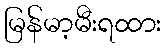
မြန်မာ့မီးရထား